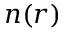
n ( r )